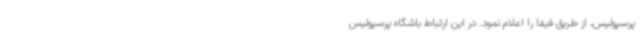
پرسپولیس، از طریق فیفا را اعلام نمود. در این ارتباط باشگاه پرسپولیس